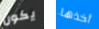
يكون أخذها